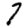
Digit: 7